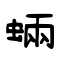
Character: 蜽